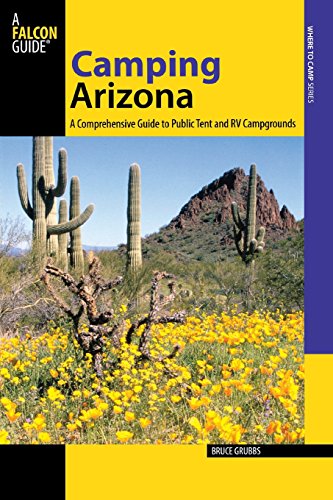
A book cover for Camping Arizona: A Comprehensive Guide To Public Tent And RV Campgrounds (State Camping Series); Bruce Grubbs; Sports & Outdoors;